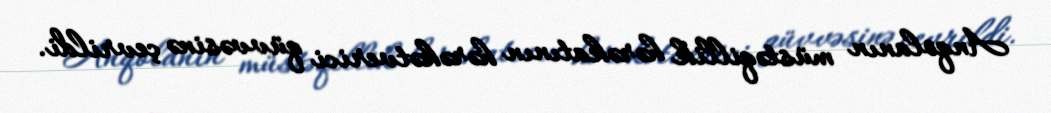
Anqolanın müstəqillik hərəkatının hərəkətverici qüvvəsinə çevrildi.